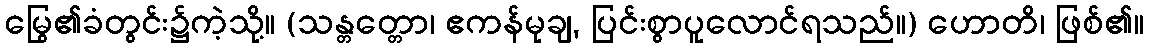
မြွေ၏ခံတွင်း၌ကဲ့သို့။ (သန္တတ္တော၊ ဧကန်မုချ, ပြင်းစွာပူလောင်ရသည်။) ဟောတိ၊ ဖြစ်၏။